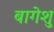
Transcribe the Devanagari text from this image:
बागेशु